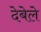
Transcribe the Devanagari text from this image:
देबेले